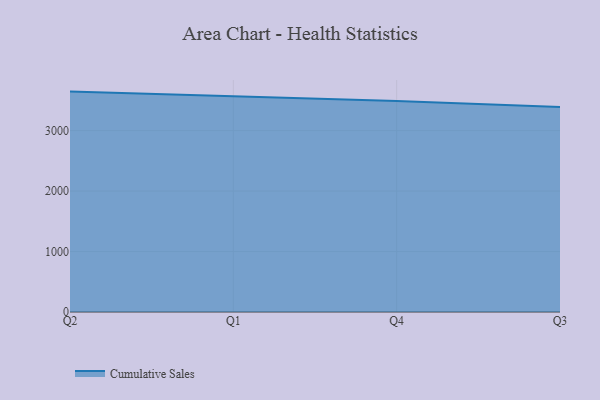
{"axis": {"x": "Quarter", "y": "Market Share (%)"}, "legend": ["Cumulative Sales"], "data": [{"x": "Q2", "y": 3645.3, "type": "Cumulative Sales"}, {"x": "Q1", "y": 3566.2, "type": "Cumulative Sales"}, {"x": "Q4", "y": 3490.7, "type": "Cumulative Sales"}, {"x": "Q3", "y": 3390.3, "type": "Cumulative Sales"}]}